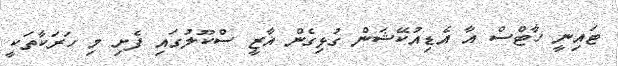
ޓައިނީ ހާޓްސް އާ އެޑިއުކޭޝަން ގުޅިގެން ޣާޒީ ސްކޫލުގައި ފެށި މި ހަރަކާތަކީ